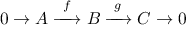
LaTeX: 0 \to A \; { \xrightarrow { \ f \ } } \; B \; { \xrightarrow { \ g \ } } \; C \to 0